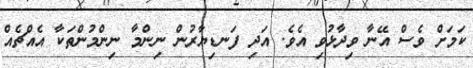
ކަމަށް ވެސް އޭނާ ވިދާޅުވި އެވެ. އަދި ފަނޑިޔާރުން ނިންމާ ނިންމުންތަކާ އެއްޗެއް